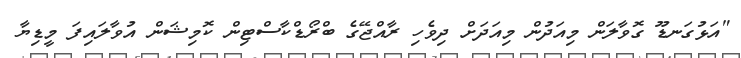
"އަޅުގަނޑޫ ގޮވާލަން މިއަދުން މިއަދަށް ދިވެހި ރާއްޖޭގެ ބްރޯޑްކާސްޓިން ކޮމިޝަން އުވާލައިފަ މީޑިޔާ